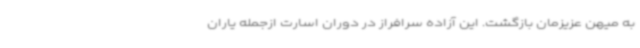
به میهن عزیزمان بازگشت. این آزاده سرافراز در دوران اسارت ازجمله یاران